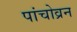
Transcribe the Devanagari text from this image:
पांचोव्रन